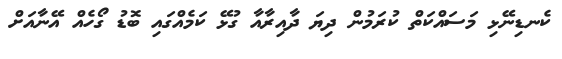
ކެނޑިނޭޅި މަސައްކަތް ކުރަމުން ދިޔަ ދާއިރާއާ ގުޅޭ ކަމެއްގައި ބޮޑު ގޯހެއް އޭނާއަށް